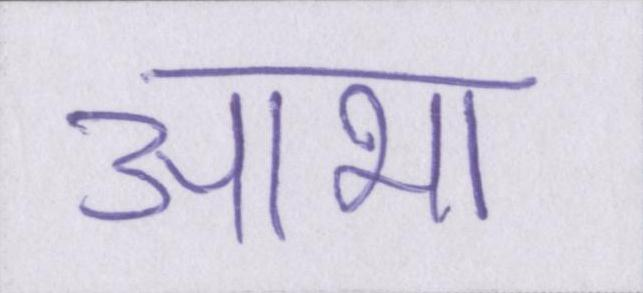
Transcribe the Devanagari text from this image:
आभा